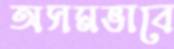
অসমভাবে